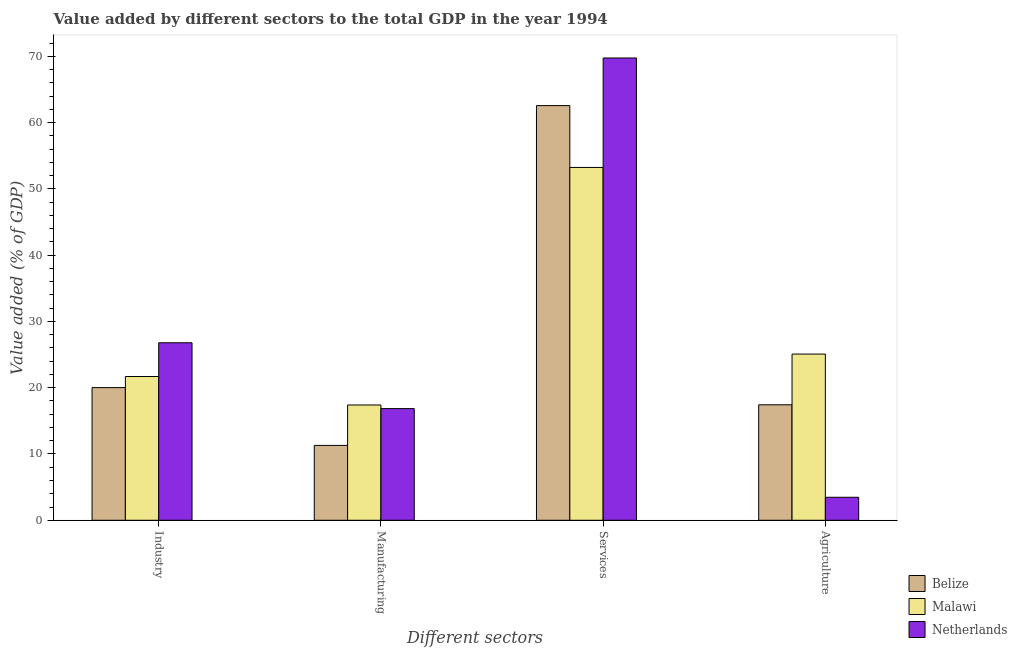
| Different sectors | Belize | Malawi | Netherlands |
 | --- | --- | --- | --- |
 | Industry | 20 | 21.7 | 26.8 |
 | Manufacturing | 11.3 | 17.4 | 16.8 |
 | Services | 62.6 | 53.2 | 69.7 |
 | Agriculture | 17.4 | 25.1 | 3.47 |